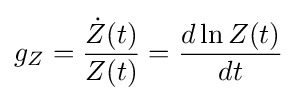
g_{Z}={\frac {{\dot {Z}}(t)}{Z(t)}}={\frac {d\ln Z(t)}{dt}}